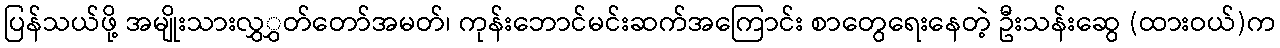
ပြန်သယ်ဖို့ အမျိုးသားလွှွှတ်တော်အမတ်၊ ကုန်းဘောင်မင်းဆက်အကြောင်း စာတွေရေးနေတဲ့ ဦးသန်းဆွေ (ထားဝယ်)က